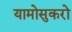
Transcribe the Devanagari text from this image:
यामोसुकरो